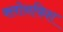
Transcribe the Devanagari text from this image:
क्लोनफिश